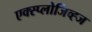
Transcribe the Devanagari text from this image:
एक्स्प्लोजिव्ह्ज